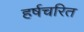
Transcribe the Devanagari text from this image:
हर्षचरित